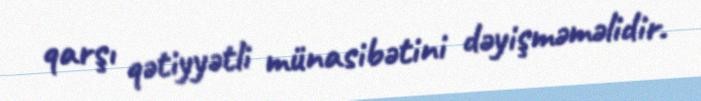
qarşı qətiyyətli münasibətini dəyişməməlidir.